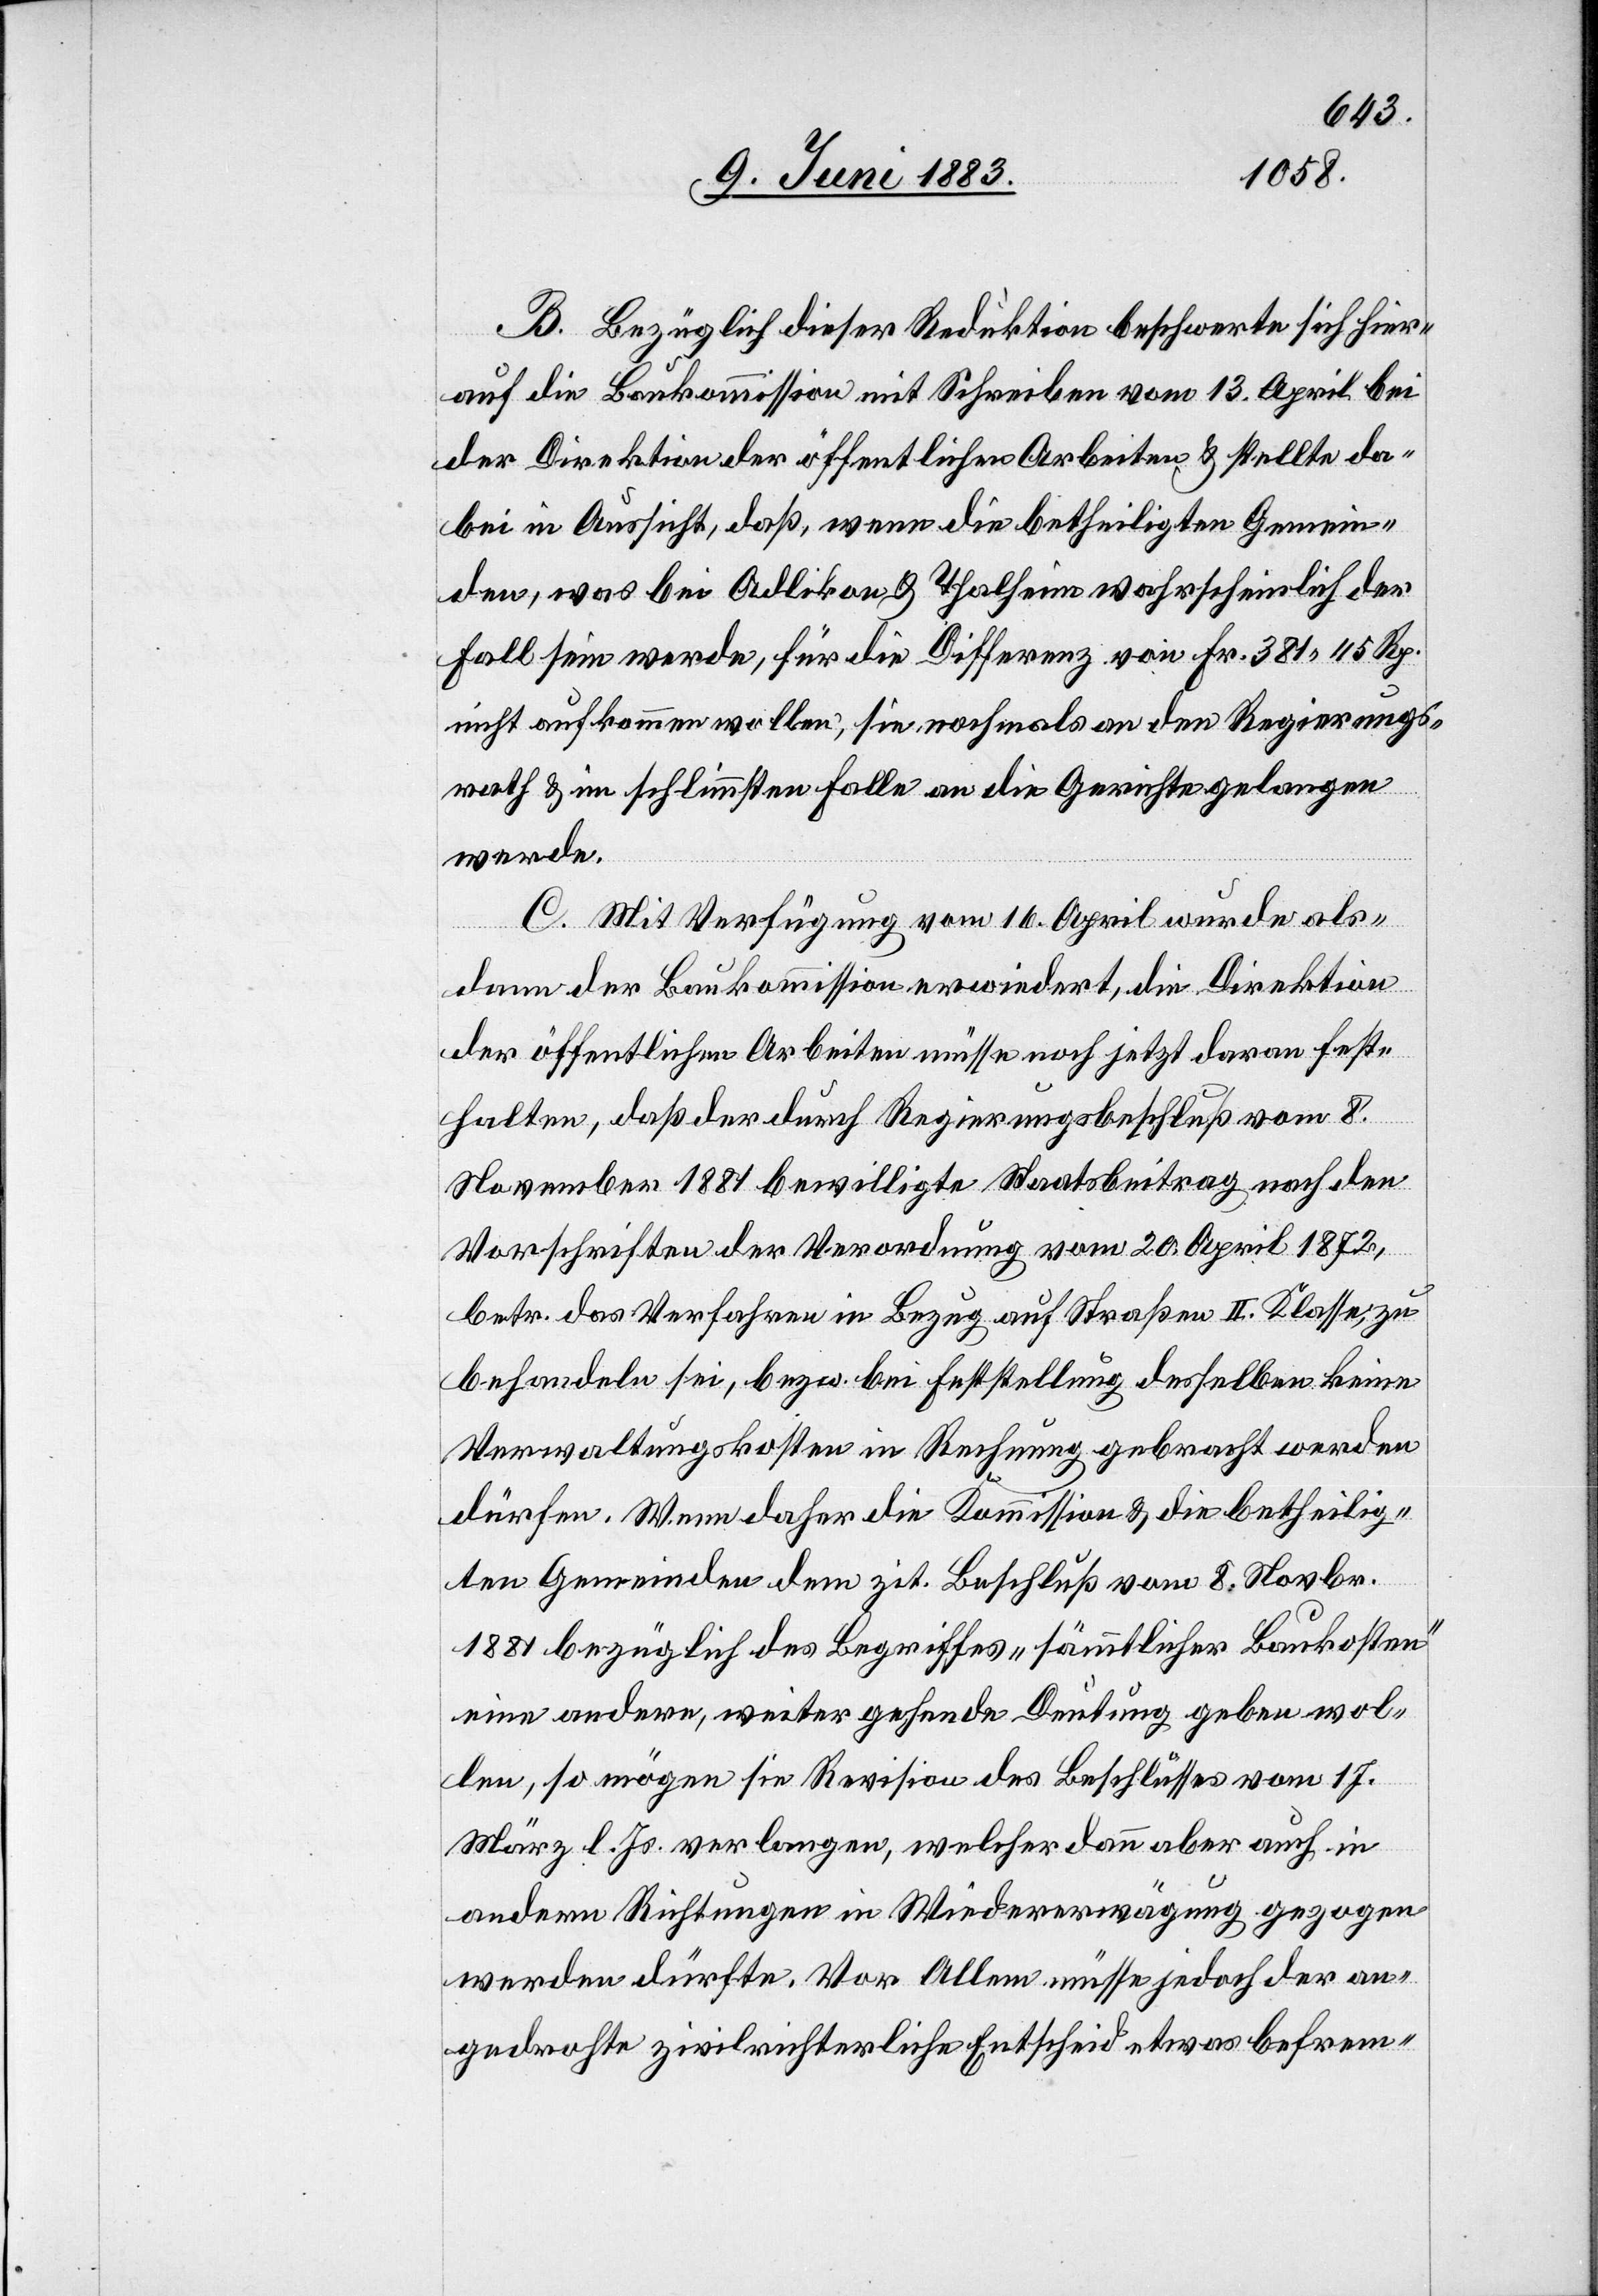
B. Bezüglich dieser Reduktion beschwere sich hier¬
auf die Baukommission mit Schreiben vom 13. April bei
der Direktion der öffentlichen Arbeiten & stellte da¬
bei in Aussicht, daß, wenn die betheiligten Gemein¬
den, was bei Adlikon & Thalheim wahrscheinlich der
Fall sein werde, für die Differenz von Fr. 381 45 Rp.
nicht aufkommen wollen, sie, nochmals an den Regierungs¬
rath & im schlimmsten Falle an die Gerichte gelangen
werde.
C. Mit Verfügung vom 16. April wurde als¬
dann der Baukommission erwiedert, die Direktion
der öffentlichen Arbeiten müsse noch jetzt davon fest¬
halten, daß der durch Regierungsbeschluß vom 8.
November 1881 bewilligte Staatsbeitrag nach den
Vorschriften der Verordnung vom 20. April 1872,
betr. das Verfahren in Bezug auf Straßen II. Klasse, zu
behandeln sei, bezw. bei Feststellung desselben keine
Verwaltungskosten in Rechnung gebracht werden
dürfen. Wenn daher die Kommission & die betheilig¬
ten Gemeinden dem zit. Beschluß vom 8. Novbr.
1881 bezüglich des Begriffes „sämmtlicher Baukosten“
eine andere, weiter gehende Deutung geben wol¬
len, so mögen sie Revision des Beschlusses vom 17.
März l. Js. verlangen, welcher dann aber auch in
andern Richtungen in Wiedererwägung gezogen
werden dürfte. Vor Allem müsse jedoch der an¬
gedrohte zivilrichterliche Entscheid etwas befrem-